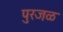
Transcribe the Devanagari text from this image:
पुरजळ